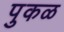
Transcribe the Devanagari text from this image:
पुकळ